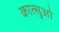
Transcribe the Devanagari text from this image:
कात्सुओ